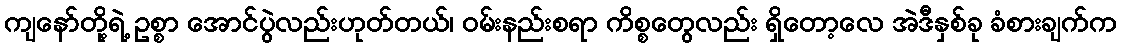
ကျနော်တို့ရဲ့ ဥစ္စာ အောင်ပွဲလည်းဟုတ်တယ်၊ ဝမ်းနည်းစရာ ကိစ္စတွေလည်း ရှိတော့လေ အဲဒီနှစ်ခု ခံစားချက်က